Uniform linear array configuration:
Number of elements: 16
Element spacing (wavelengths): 0.5
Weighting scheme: hamming
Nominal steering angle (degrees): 60
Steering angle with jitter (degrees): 59.751
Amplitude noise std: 0.05
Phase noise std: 0.05

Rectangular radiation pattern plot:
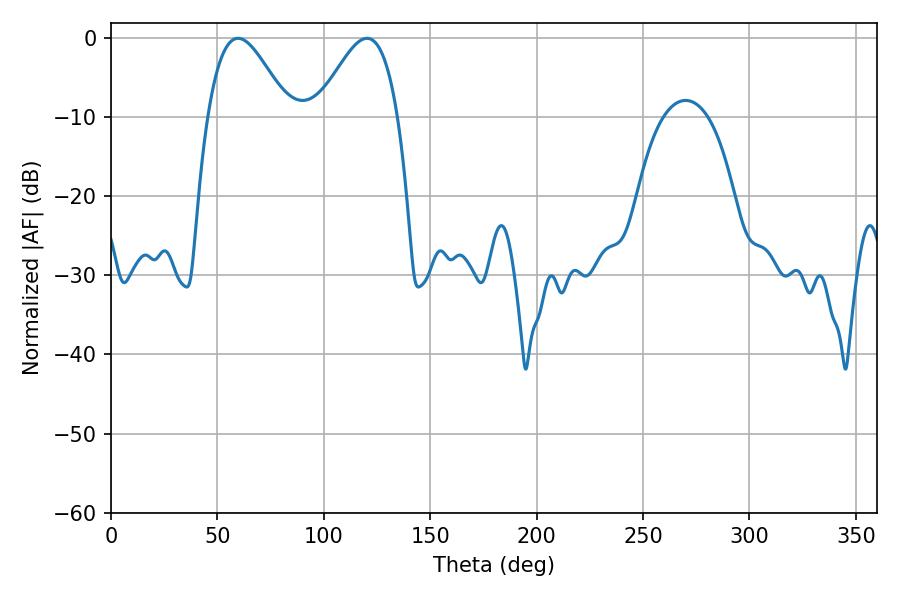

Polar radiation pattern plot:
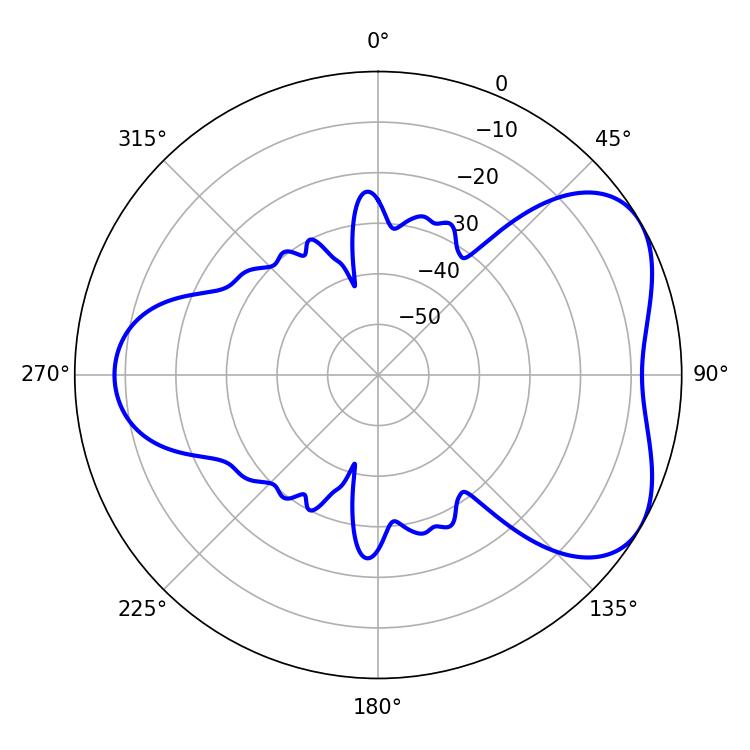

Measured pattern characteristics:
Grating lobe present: FALSE
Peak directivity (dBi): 4.964
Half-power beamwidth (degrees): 20.34
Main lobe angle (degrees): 59.76